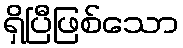
ရှိပြီဖြစ်သော